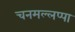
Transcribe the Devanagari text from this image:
चनमल्लप्पा